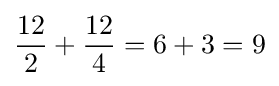
{\frac {12}{2}}+{\frac {12}{4}}=6+3=9